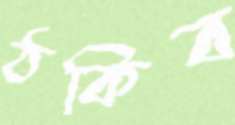
ঠকিব